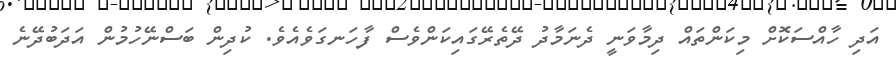
އަދި ހާއްސަކޮށް މިކަންތައް ދިމާވަނީ ދެނަމާދު ދޭތެރޭގައިކަންވެސް ފާހަނގަވެއެވެ. ކުދިން ބަސްނޭހުމުން އަދަބުދޭނެ